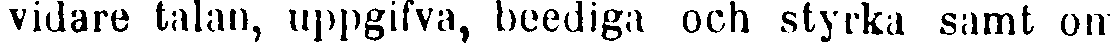
vidare talan, uppgifva, beediga och styrka samt om